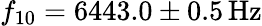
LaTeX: f_{10}=6443.0\pm 0.5\, \mathrm{Hz}